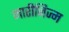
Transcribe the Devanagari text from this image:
मारीनिज्म